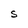
Character: S